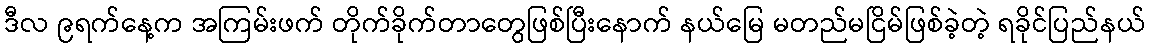
ဒီလ ၉ရက်နေ့က အကြမ်းဖက် တိုက်ခိုက်တာတွေဖြစ်ပြီးနောက် နယ်မြေ မတည်မငြိမ်ဖြစ်ခဲ့တဲ့ ရခိုင်ပြည်နယ်